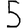
Digit: 5